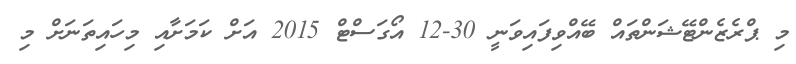
މި ޕްރެޒެންޓޭޝަންތައް ބޭއްވިފައިވަނީ 30-12 އޯގަސްޓް 2015 އަށް ކަމަށާއި މިހައިތަނަށް މި